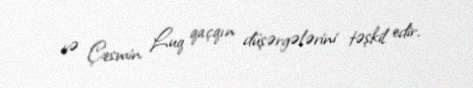
və Çesmin Luq qaçqın düşərgələrini təşkil edir.